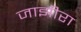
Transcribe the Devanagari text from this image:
जाझीरा